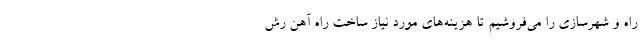
راه و شهرسازی را می‌فروشیم تا هزینه‌های مورد نیاز ساخت راه آهن رش